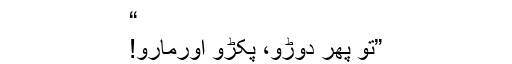
“
”تو پھر دوڑو، پکڑو اورمارو!